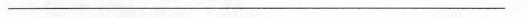
___